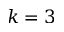
k = 3